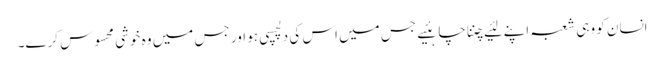
انسان کو وہی شعبہ اپنے لئیے چننا چاہئیے جس میں اس کی دلچسپی ہو اور جس میں وہ خوشی محسوس کرے۔